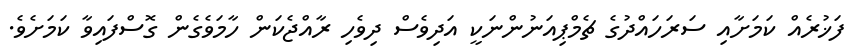
ފަޚުރެއް ކަމަށާއި ސަރަހައްދުގެ ޗެމްޕިއަނުންނަކީ އަދިވެސް ދިވެހި ރާއްޖެކަން ހާމަވެގެން ގޮސްފައިވާ ކަމަށެވެ.